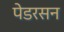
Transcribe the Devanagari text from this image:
पेडरसन